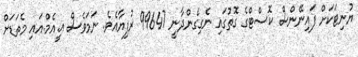
ޔުނިޓަކަށް ފައިނޭންސް ކޮސްޓްގެ ގޮތުގައި ނެގިގެންދާނީ 99647 ރުފިޔާއެވެ. ނަމަވެސް އީ.އެމް.އައި މެތަޑަށް